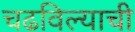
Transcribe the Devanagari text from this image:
चढविल्याची